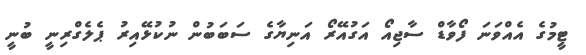
ޓީމުގެ އެއްވަނަ ފޯވާޑް ސާޖިއޯ އަގުއޭރޯ އަނިޔާގެ ސަބަބުން ނުކުޅޭއިރު ޕެލެގްރިނީ ބުނީ